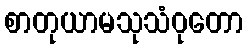
စာတုယာမသုသံဝုတော